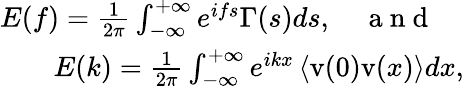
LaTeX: \begin{array}{r}{E(f)=\frac{1}{2\pi}\int_{-\infty}^{+\infty}e^{ifs}\Gamma(s)ds,\quad\mathrm{~a~n~d~}\quad}\\ {E(k)=\frac{1}{2\pi}\int_{-\infty}^{+\infty}e^{ikx}\left<\mathrm{v}(0)\mathrm{v}(x)\right>dx,}\end{array}